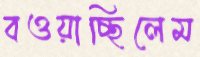
বওয়াচ্ছিলেম